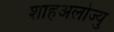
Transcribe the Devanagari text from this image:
शाहअलोज्यु